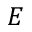
E